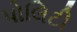
પોલિટી